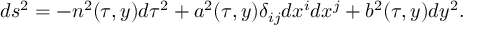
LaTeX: d s ^ { 2 } = - n ^ { 2 } ( \tau , y ) d \tau ^ { 2 } + a ^ { 2 } ( \tau , y ) \delta _ { i j } d x ^ { i } d x ^ { j } + b ^ { 2 } ( \tau , y ) d y ^ { 2 } .